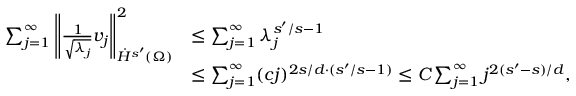
\begin{array} { r l } { \sum _ { j = 1 } ^ { \infty } \left\| \frac { 1 } { \sqrt { \lambda _ { j } } } v _ { j } \right\| _ { \dot { H } ^ { s ^ { \prime } } ( \Omega ) } ^ { 2 } } & { \le \sum _ { j = 1 } ^ { \infty } \lambda _ { j } ^ { s ^ { \prime } / s - 1 } } \\ & { \le \sum _ { j = 1 } ^ { \infty } ( c j ) ^ { 2 s / d \cdot ( s ^ { \prime } / s - 1 ) } \le C \sum _ { j = 1 } ^ { \infty } j ^ { 2 ( s ^ { \prime } - s ) / d } , } \end{array}